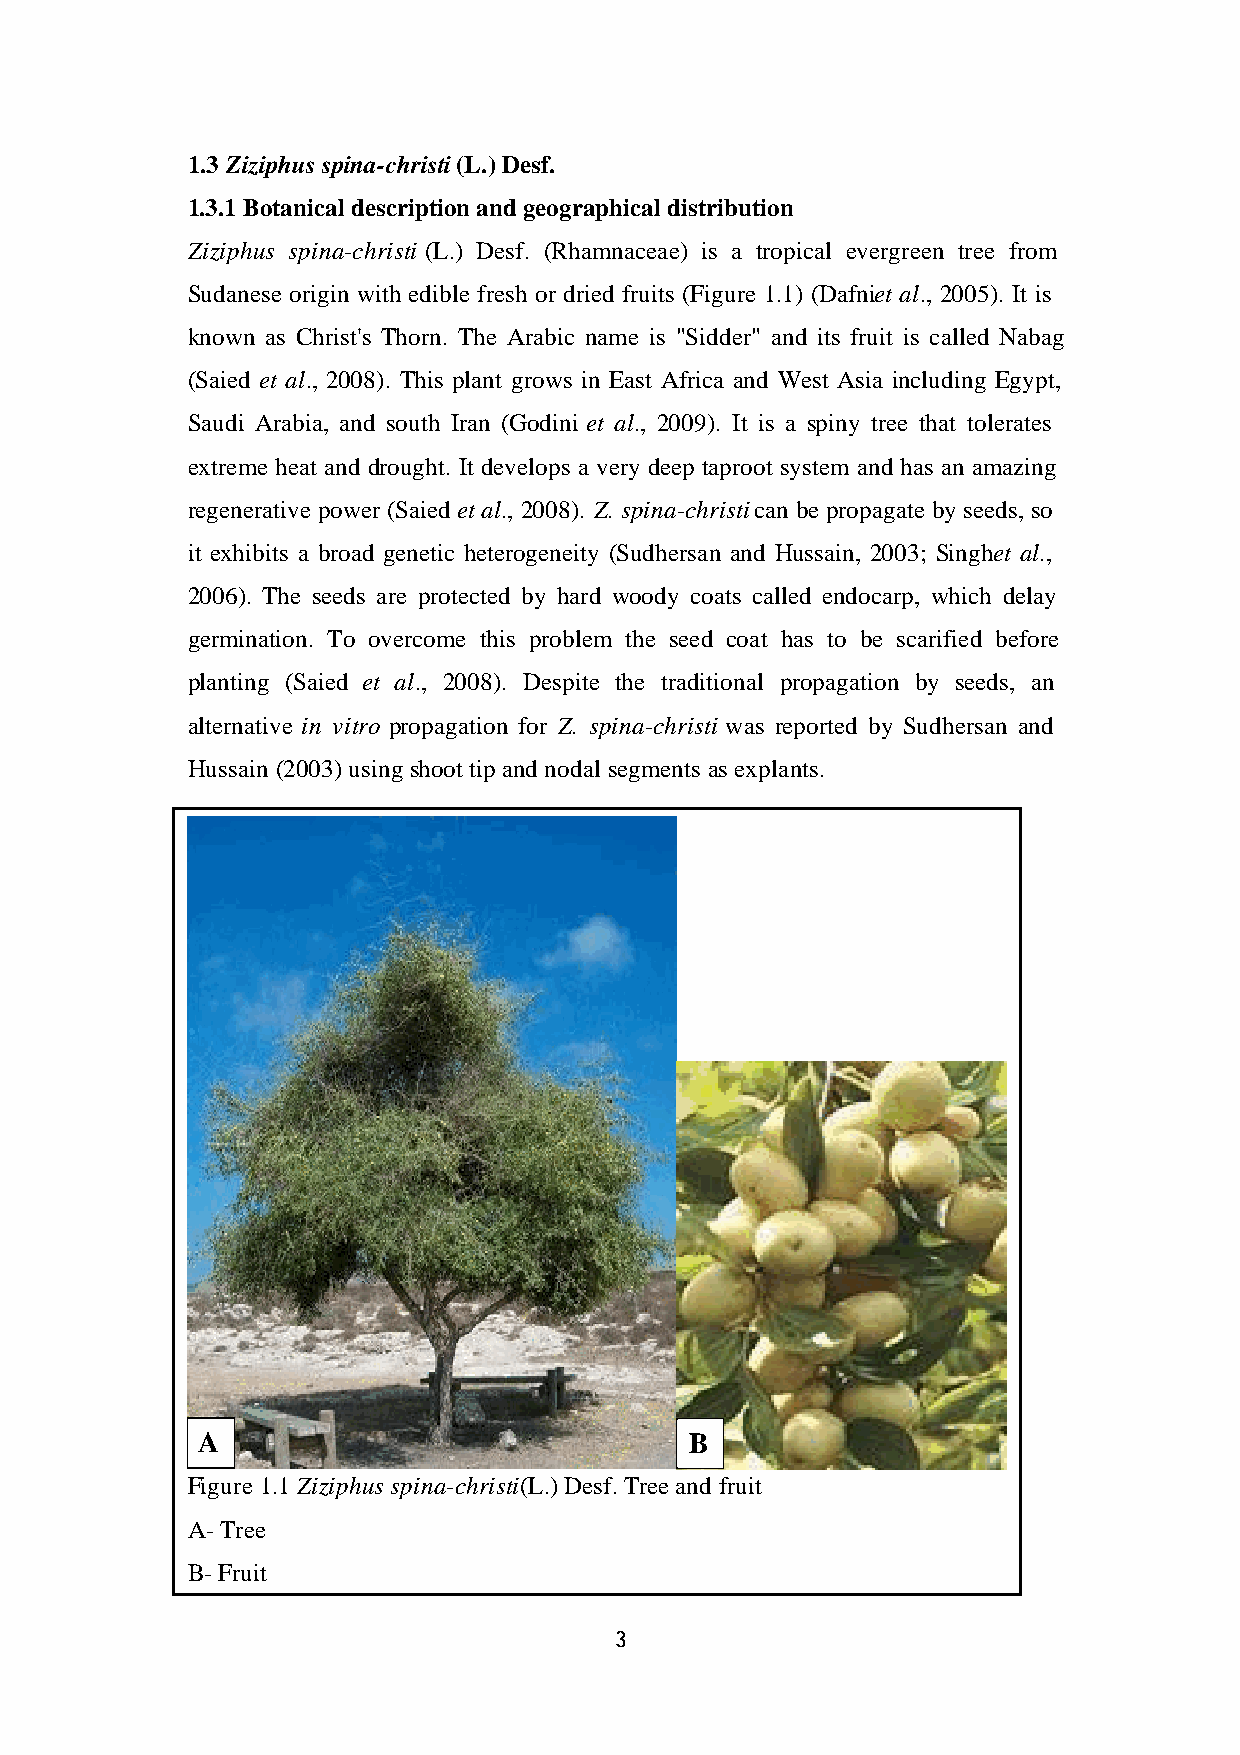
1.3 Ziziphus spina-christi (L.) Desf.
 1.3.1 Botanical description and geographical distribution
 Ziziphus spina-christi (L.) Desf. (Rhamnaceae) is a tropical evergreen tree from
 Sudanese origin with edible fresh or dried fruits (Figure 1.1) (Dafni et al., 2005). It is
 known as Christ's Thorn. The Arabic name is "Sidder" and its fruit is called Nabag
 (Saied et al., 2008). This plant grows in East Africa and West Asia including Egypt,
 Saudi Arabia, and south Iran (Godini et al., 2009). It is a spiny tree that tolerates
 extreme heat and drought. It develops a very deep taproot system and has an amazing
 regenerative power (Saied et al., 2008). Z. spina-christi can be propagate by seeds, so
 it exhibits a broad genetic heterogeneity (Sudhersan and Hussain, 2003; Singh et al.,
 2006). The seeds are protected by hard woody coats called endocarp, which delay
 germination. To overcome this problem the seed coat has to be scarified before
 planting (Saied et al ., 2008). Despite the traditional propagation by seeds, an
 alternative in vitro propagation for Z. spina-christi was reported by Sudhersan and
 Hussain (2003) using shoot tip and nodal segments as explants.
 A                                B
 Figure 1.1 Ziziphus spina-christi (L.) Desf. Tree and fruit
 A- Tree
 B- Fruit
 3